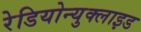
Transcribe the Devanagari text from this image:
रेडियोन्युक्लाइड